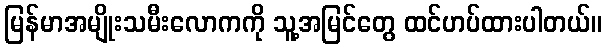
မြန်မာအမျိုးသမီးလောကကို သူ့အမြင်တွေ ထင်ဟပ်ထားပါတယ်။